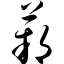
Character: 蒴